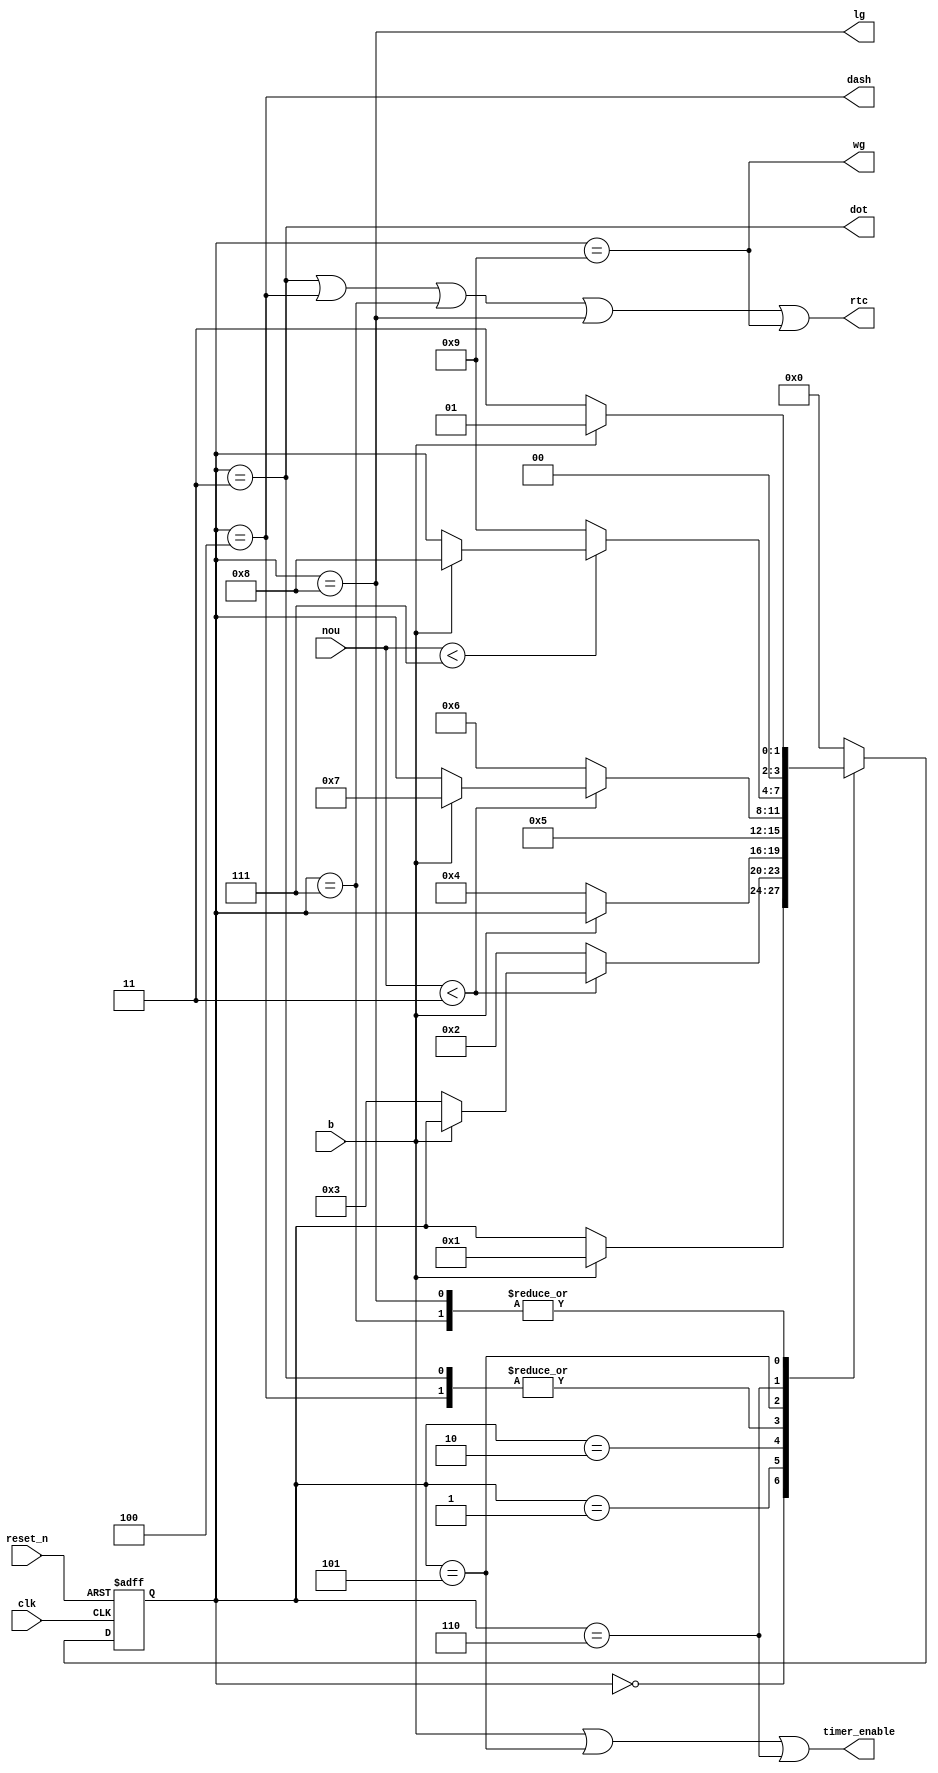
`timescale 1ns / 1ps
//////////////////////////////////////////////////////////////////////////////////
// Company: 
// Engineer: 
// 
// Design Name: 
// Module Name: FSM_controller
// Project Name: 
// Target Devices: 
// Tool Versions: 
// Description: 
// 
// Dependencies: 
// 
// Revision:
// Revision 0.01 - File Created
// Additional Comments:
// 
//////////////////////////////////////////////////////////////////////////////////


module FSM_controller(
    input clk, reset_n,
    input b,
    input [2:0] nou,
    output timer_enable, rtc,
    output dot, dash, lg, wg
    );
    
    reg [3:0] state_reg, state_next;
    localparam s0 = 0, s1 = 1, s2 = 2, s3 = 3
              ,s4 = 4, s5 = 5, s6 = 6, s7 = 7
              ,s8 = 8, s9 = 9;
    
    // Sequential state register
    always @(posedge clk, negedge reset_n)
    begin
        if (~reset_n)
            state_reg <= 0;
        else
            state_reg <= state_next;
    end
    
    // Next state logic
    always @(*)
    begin
        state_next = state_reg;
        case(state_reg)
            s0: if(b)
                    state_next = s1;
            s1: if(~(nou < 3))
                    state_next = s2;
                else if(~b)
                    state_next = s3;
            s2: if(~b)
                    state_next = s4;
            s3: state_next = s5;
            s4: state_next = s5;
            s5: if(~(nou < 3))
                    state_next = s6;
                else if(b)
                    state_next = s7;
            s6: if(~(nou < 7))
                    state_next = s9;
                else if(b)
                    state_next = s8;
            s7: if(b)
                    state_next = s1;
                else if(~b)
                    state_next = s3;
            s8: if(b)
                    state_next = s1;
                else if(~b)
                    state_next = s3;
            s9: state_next = s0;
            default: state_next = s0;                                             
        endcase
    end
    
    // output logic
    assign timer_enable = b | (state_reg == s5) | (state_reg == s6);
    assign rtc = (state_reg == s3) | (state_reg == s4) | (state_reg == s7) | (state_reg == s8) | (state_reg == s9);
    assign dot = (state_reg == s3);
    assign dash = (state_reg == s4);
    assign lg = (state_reg == s8);
    assign wg = (state_reg == s9);
endmodule